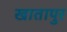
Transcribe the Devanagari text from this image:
खातापुर